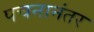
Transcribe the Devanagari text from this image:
पचनानंतर